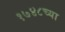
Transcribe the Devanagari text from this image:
१७४८च्या